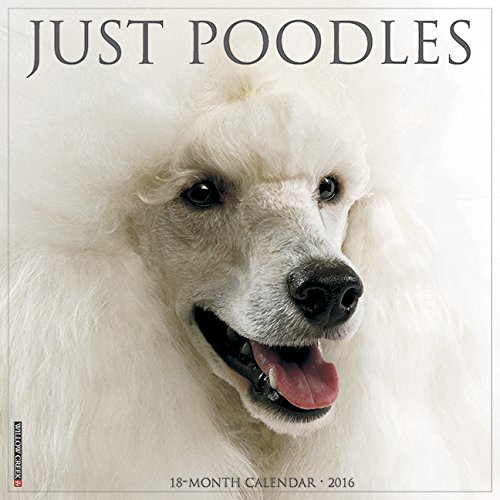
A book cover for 2016 Just Poodles Wall Calendar; Willow Creek Press; Calendars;